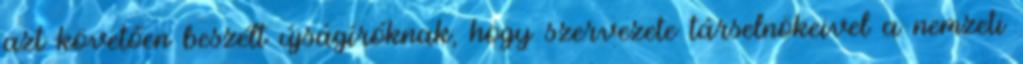
azt követően beszélt újságíróknak, hogy szervezete társelnökeivel a nemzeti